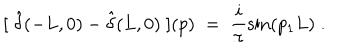
[ \; \hat { \delta } ( - L , 0 ) - \hat { \delta } ( L , 0 ) \; ] ( p ) \; = \; \frac { i } { \pi } \sin ( p _ { 1 } L ) \; .